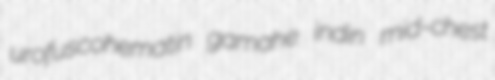
urofuscohematin gamahe indin mid-chest